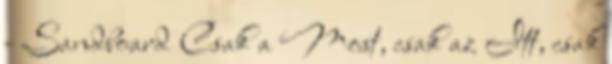
- Sandboard Csak a Most, csak az Itt, csak